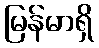
မြန်မာရှိ